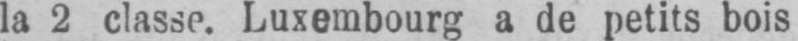
la 2 classe. Luxembourg a de petits bois